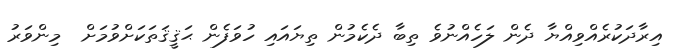
އިރާދަކުރެއްވިއްޔާ ދެން ލަހެއްނުވެ ތިބާ ދެކެމުން ތިޔައައި ހުވަފެން ޙަޤީޤަތަކަށްވުމަށް  މިންވަރު